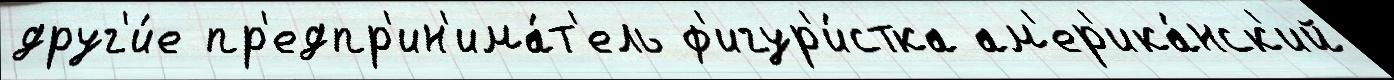
друг'и́е пр'едпр'ин'има́т'ель ф'игур'и́стка ам'ер'ика́нск'ий